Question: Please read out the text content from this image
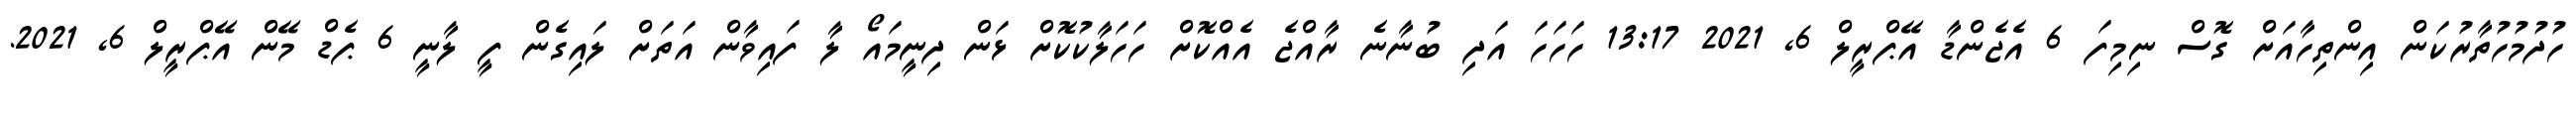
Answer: ހުދުމުހުތާރުކަން އިންތިހާއަށް ގޮސް ނިމިފަ 6 އެޖެންޑާ އޭޕްރީލް 6, 2021 13:17 ހަހަހަ އަދި ބުނާނެ ރާއްޖެ އެއްކޮށް ހަހަލާކުކޮށް ޅަން ދިނީމައޯ ލާ ފައިވާން އަތަށް ލައިގެން ފީ ލާނީ 6 ޕެޑް މޭން އޭޕްރީލް 6, 2021.